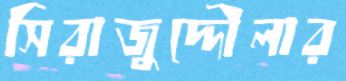
সিরাজুদ্দৌলার